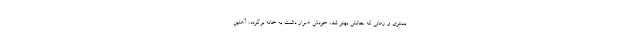
بستری و زمانی که حالش بهتر شد، خودش اصرار داشت به خانه برگردد، آهنین